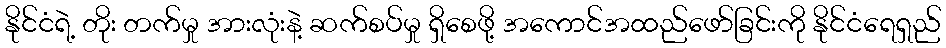
နိုင်ငံရဲ့ တိုး တက်မှု အားလုံးနဲ့ ဆက်စပ်မှု ရှိစေဖို့ အကောင်အထည်ဖော်ခြင်းကို နိုင်ငံရေရှည်